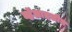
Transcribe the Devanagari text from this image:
व्हॅलादलीन